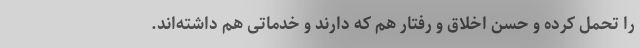
را تحمل کرده و حسن اخلاق و رفتار هم که دارند و خدماتی هم داشته‌اند.